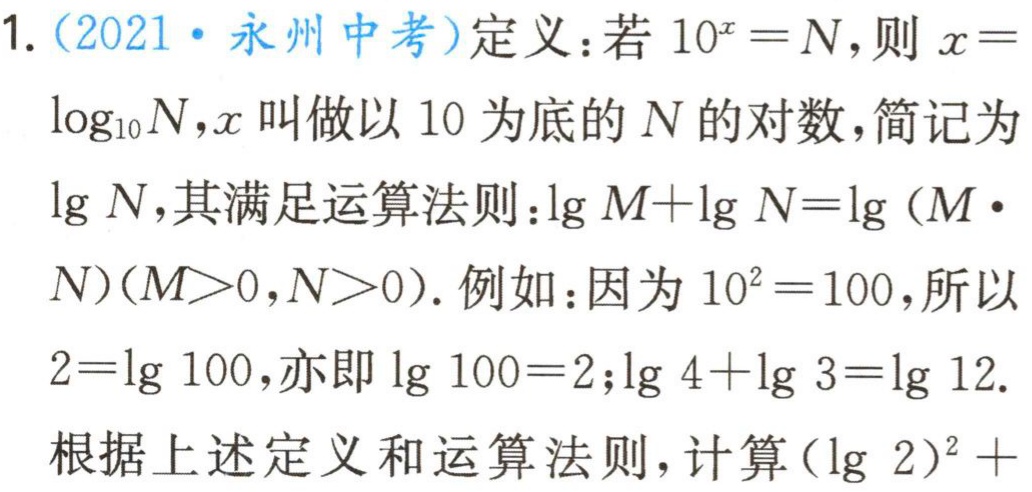
1.（2021·永州中考）定义：若\(10^{x}=N\)，则\(x = \log_{10}N\)，\(x\)叫做以\(10\)为底的\(N\)的对数，简记为\(\lg N\)，其满足运算法则：\(\lg M+\lg N=\lg(M\cdot N)(M > 0,N > 0)\). 例如：因为\(10^{2}=100\)，所以\(2 = \lg 100\)，亦即\(\lg 100 = 2\)；\(\lg 4+\lg 3=\lg 12\).
根据上述定义和运算法则，计算\((\lg 2)^{2}+\)